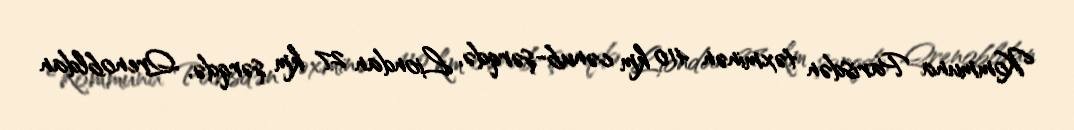
Kommuna Parisdən təxminən 410 km cənub-şərqdə, Liondan 27 km şərqdə, Qrenobldan